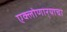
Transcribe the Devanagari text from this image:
एक्लोणार्‍याचा